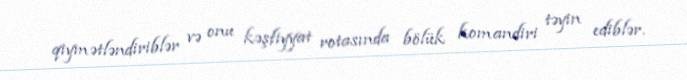
qiymətləndiriblər və onu kəşfiyyat rotasında bölük komandiri təyin ediblər.